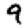
Digit: 9